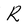
Character: R